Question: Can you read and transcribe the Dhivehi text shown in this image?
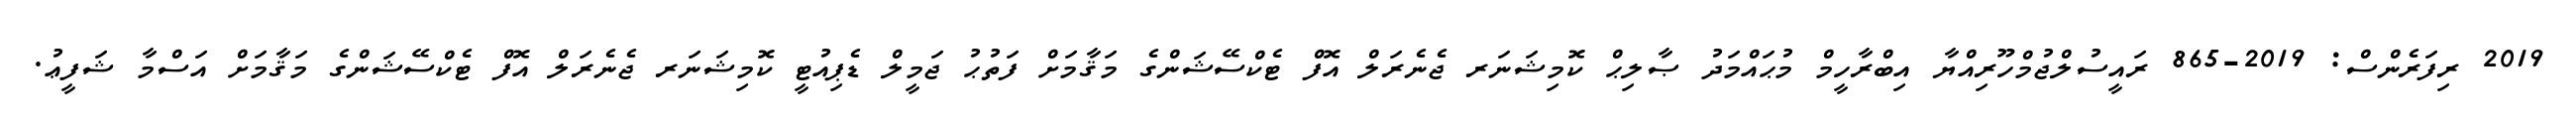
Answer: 2019 ރިފަރެންސް: 2019-865 ރައީސުލްޖުމްހޫރިއްޔާ އިބްރާހީމް މުޙައްމަދު ޞާލިޙް ކޮމިޝަނަރ ޖެނެރަލް އޮފް ޓެކްސޭޝަންގެ މަޤާމަށް ފަތުޙު ޖަމީލް ޑެޕިއުޓީ ކޮމިޝަނަރ ޖެނެރަލް އޮފް ޓެކްސޭޝަންގެ މަޤާމަށް އަސްމާ ޝަފީޢު.